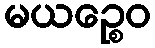
မယဉ္စေဝ